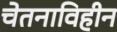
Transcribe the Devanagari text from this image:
चेतनाविहीन